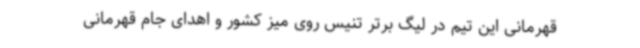
قهرمانی این تیم در لیگ برتر تنیس روی میز کشور و اهدای جام قهرمانی